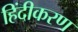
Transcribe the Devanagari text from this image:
हिंदीकरण